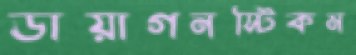
ডায়াগনস্টিকম